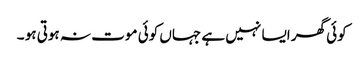
کوئی گھر ایسا نہیں ہے جہاں کوئی موت نہ ہوتی ہو ۔